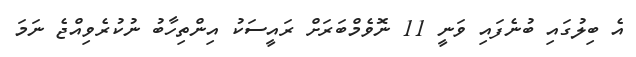
އެ ބިލުގައި ބުނެފައި ވަނީ 11 ނޮވެމްބަރަށް ރައީސަކު އިންތިހާބު ނުކުރެވިއްޖެ ނަމަ